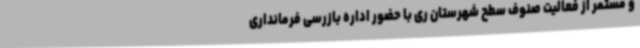
و مستمر از فعالیت صنوف سطح شهرستان ری با حضور اداره بازرسی فرمانداری